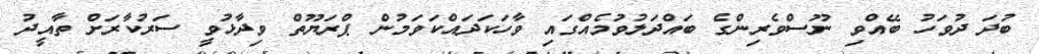
ބުދަ ދުވަހު ބޭއްވި ނޫސްވެރިންގެ ބައްދަލުވުމެއްގައި ވާހަކަދައްކަވަމުން ޕްރަޔޫތް ވިދާޅުވީ ސަރުކާރަށް ތާއީދު